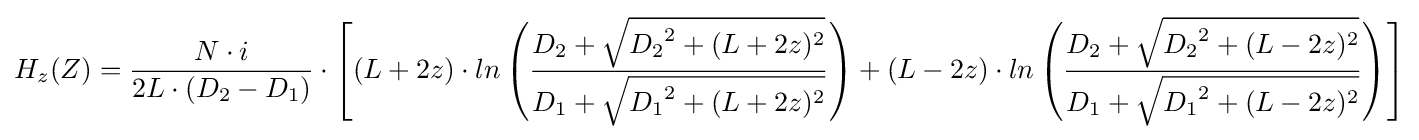
H_{z}(Z)={\frac {N\cdot i}{2L\cdot (D_{2}-D_{1})}}\cdot \left[(L+2z)\cdot ln\left({\frac {D_{2}+{\sqrt {{D_{2}}^{2}+(L+2z)^{2}}}}{D_{1}+{\sqrt {{D_{1}}^{2}+(L+2z)^{2}}}}}\right)+(L-2z)\cdot ln\left({\frac {D_{2}+{\sqrt {{D_{2}}^{2}+(L-2z)^{2}}}}{D_{1}+{\sqrt {{D_{1}}^{2}+(L-2z)^{2}}}}}\right)\right]